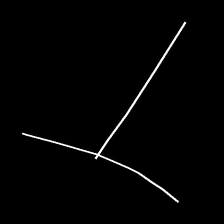
Glyph: column